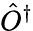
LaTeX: {\hat{O}}^{\dagger}